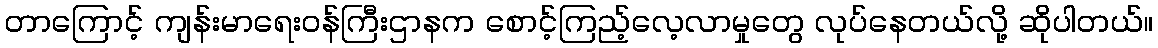
တာကြောင့် ကျန်းမာရေးဝန်ကြီးဌာနက စောင့်ကြည့်လေ့လာမှုတွေ လုပ်နေတယ်လို့ ဆိုပါတယ်။